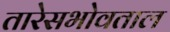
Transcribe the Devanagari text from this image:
तारेसभोवताल